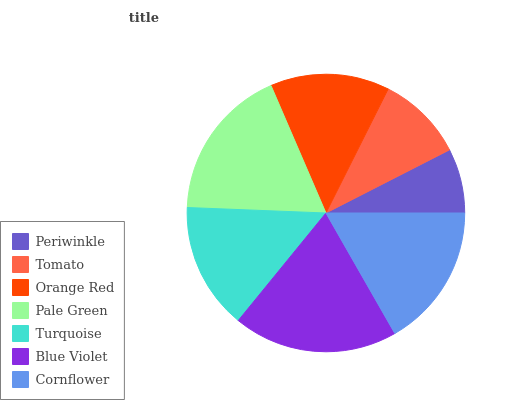
| Periwinkle | Tomato | Orange Red | Pale Green | Turquoise | Blue Violet | Cornflower |
 | --- | --- | --- | --- | --- | --- | --- |
 | 7.52% | 10.1% | 13.9% | 17.9% | 14.8% | 19.1% | 16.7% |